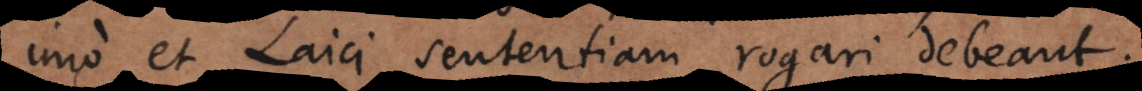
imo et Laici sententiam rogari debeant.